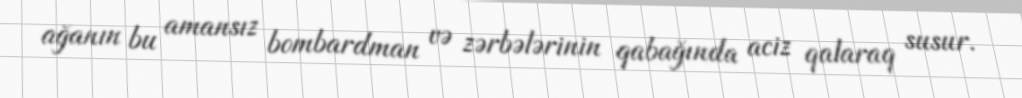
ağanın bu amansız bombardman və zərbələrinin qabağında aciz qalaraq susur.